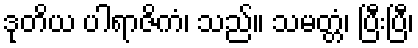
ဒုတိယ ပါရာဇိကံ၊ သည်။ သမတ္တံ၊ ပြီးပြီ၊